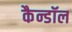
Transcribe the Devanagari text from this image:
कैन्डॉल